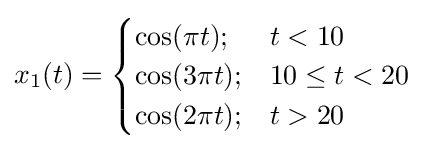
x_{1}(t)={\begin{cases}\cos(\pi t);&t<10\\\cos(3\pi t);&10\leq t<20\\\cos(2\pi t);&t>20\end{cases}}